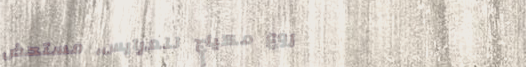
أروع مكياج للعرايس، مستحض